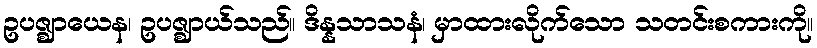
ဥပဇ္ဈာယေန၊ ဥပဇ္ဈာယ်သည်။ ဒိန္နသာသနံ၊ မှာထားလိုက်သော သတင်းစကားကို။